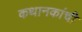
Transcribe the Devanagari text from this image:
कथानकांची